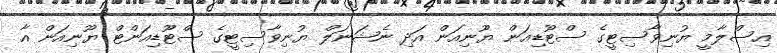
އިސްލާމީ ޔުނިވާސިޓީގެ ސްޓޫޑިއަން ޔޫނިއަން އަދި ނެޝަނަލް ޔުނިވާސިޓީގެ ސްޓޫޑިއަންޓް ޔޫނިއަން އާ